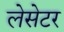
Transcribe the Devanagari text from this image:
लेसेटर